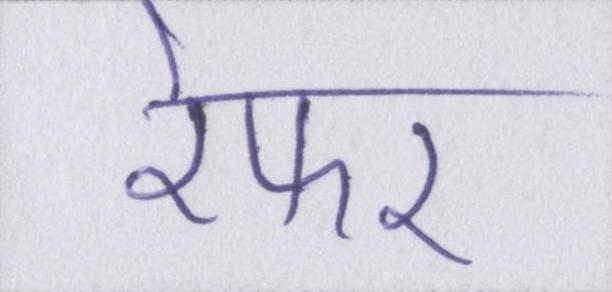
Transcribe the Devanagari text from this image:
रेफर